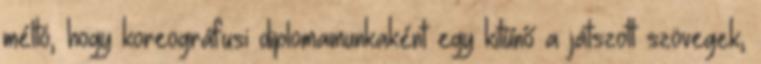
méltó, hogy koreográfusi diplomamunkaként egy kitűnő a játszott szövegek,